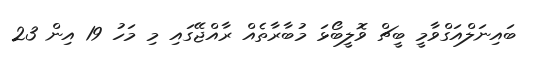
ބައިނަލްއަގްވާމީ ބީޗް ވޮލީބޯޅަ މުބާރާތެއް ރާއްޖޭގައި މި މަހު 19 އިން 23